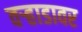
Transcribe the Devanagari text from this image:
वर्‍हाडावर